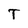
Character: T